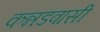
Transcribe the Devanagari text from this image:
कन्नडवासी